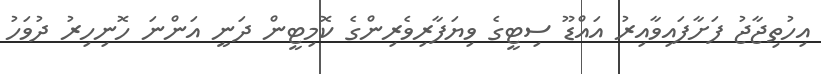
އިހުތިޖާޖު ފަށާފައިވާއިރު އައްޑޫ ސިޓީގެ ވިޔަފާރިވެރިންގެ ކޮމިޓީން ދަނީ އަންނަ ހޮނިހިރު ދުވަހު